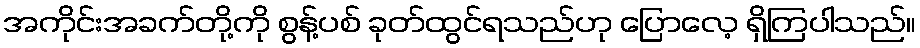
အကိုင်းအခက်တို့ကို စွန့်ပစ် ခုတ်ထွင်ရသည်ဟု ပြောလေ့ ရှိကြပါသည်။